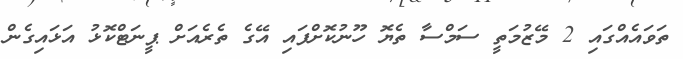
ތަވައެއްގައި 2 މޭޒުމަތީ ސަމްސާ ތެޔޮ ހޫނުކޮށްފައި އޭގެ ތެރެއަށް ޕީނަޓްކޮޅު އަޅައިގެން